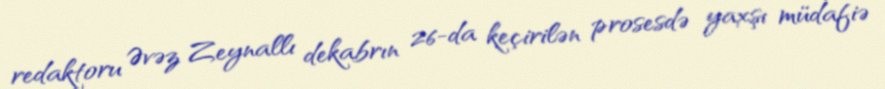
redaktoru Əvəz Zeynallı dekabrın 26-da keçirilən prosesdə yaxşı müdafiə